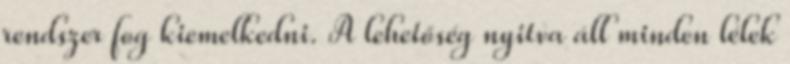
rendszer fog kiemelkedni. A lehetőség nyitva áll minden lélek